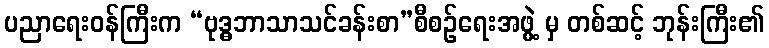
ပညာရေးဝန်ကြီးက “ဗုဒ္ဓဘာသာသင်ခန်းစာ”စီစဉ်ရေးအဖွဲ့ မှ တစ်ဆင့် ဘုန်းကြီး၏